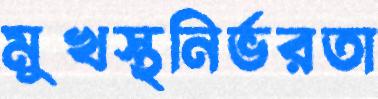
মুখস্থনির্ভরতা